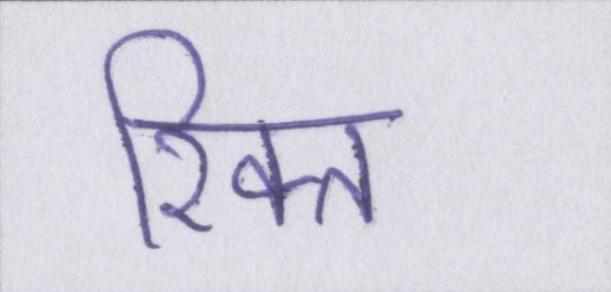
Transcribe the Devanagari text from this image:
रिक्त